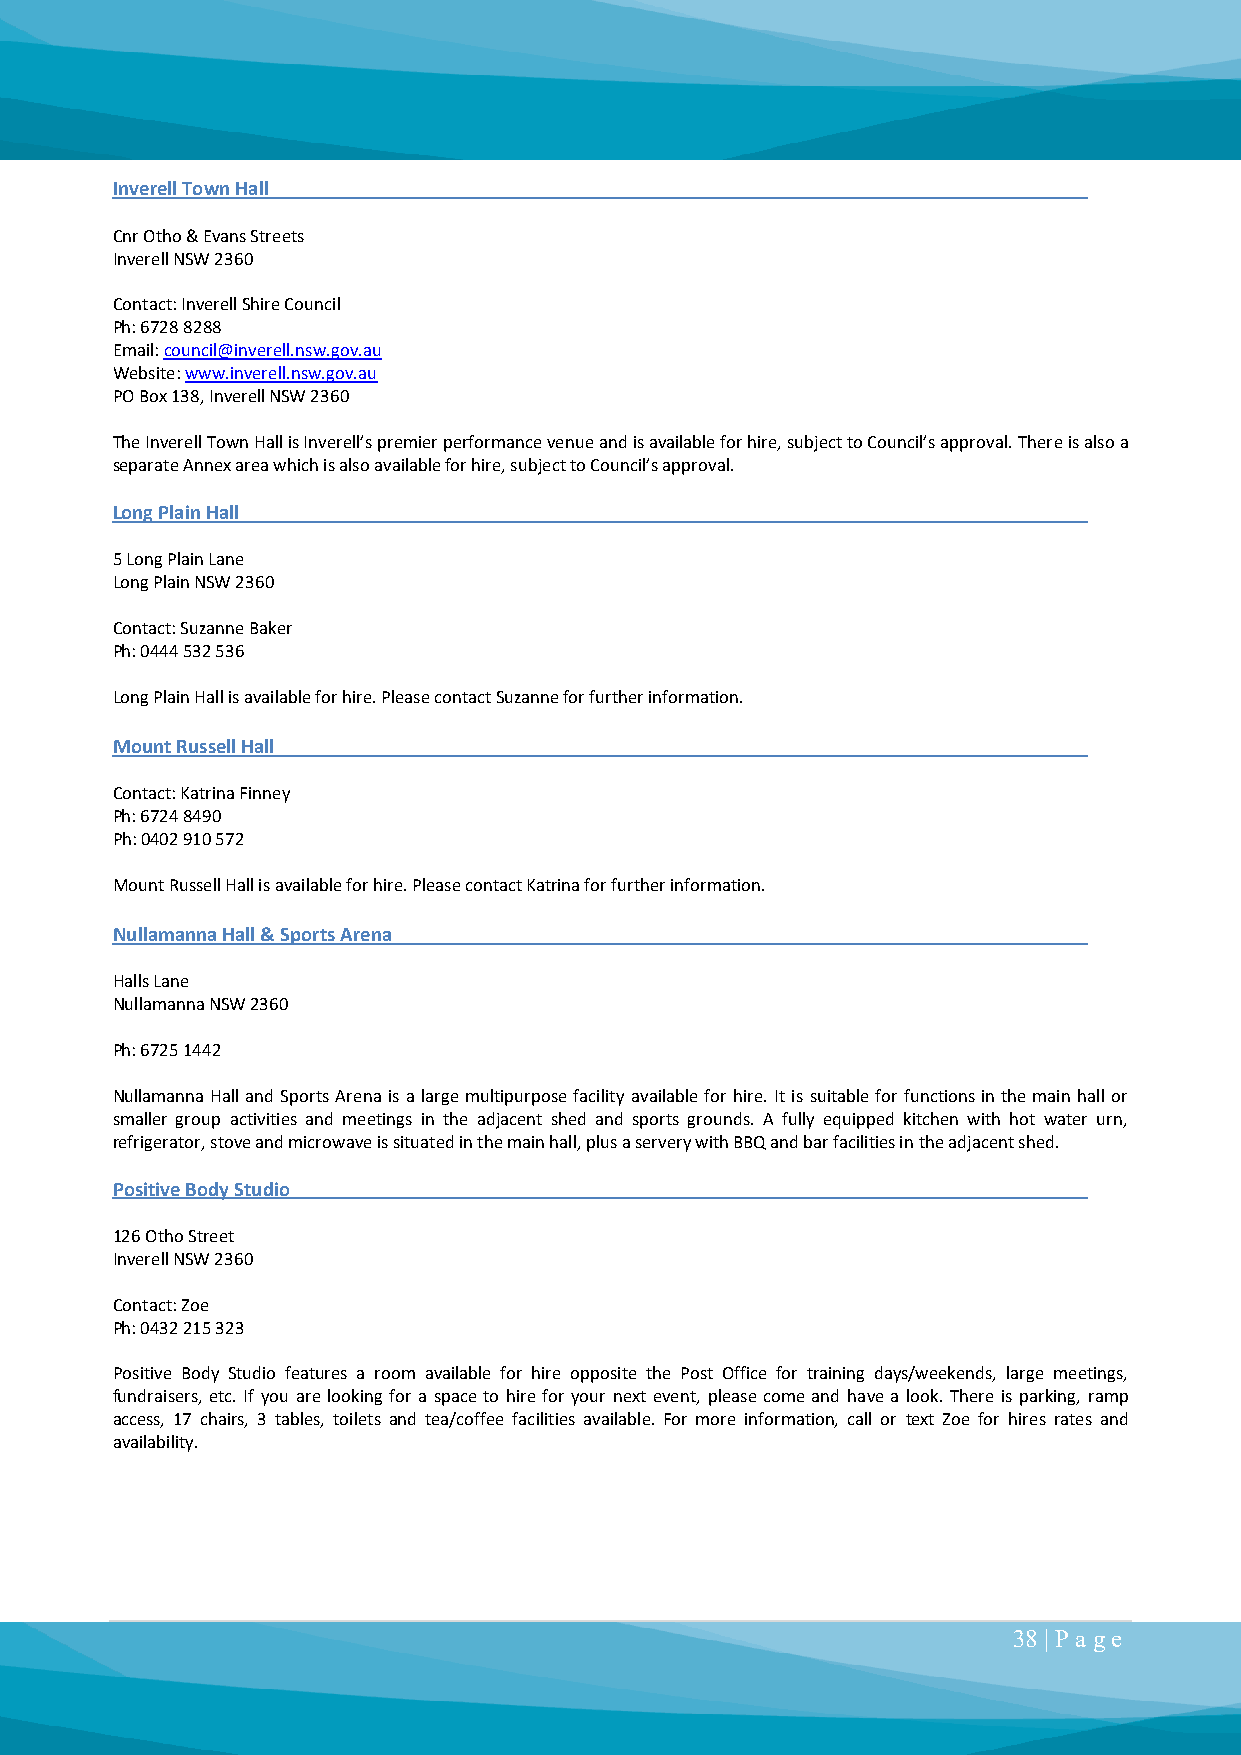
Inverell Town Hall
 Cnr Otho & Evans Streets
 Inverell NSW 2360
 Contact: Inverell Shire Council
 Ph: 6728 8288
 Email: council@inverell.nsw.gov.au
 Website: www.inverell.nsw.gov.au
 PO Box 138, Inverell NSW 2360
 The Inverell Town Hall is Inverell’s premier performance venue and is available for hire, subject to Council’s approval. There is also a
 separate Annex area which is also available for hire, subject to Council’s approval.
 Long Plain Hall
 5 Long Plain Lane
 Long Plain NSW 2360
 Contact: Suzanne Baker
 Ph: 0444 532 536
 Long Plain Hall is available for hire. Please contact Suzanne for further information.
 Mount Russell Hall
 Contact: Katrina Finney
 Ph: 6724 8490
 Ph: 0402 910 572
 Mount Russell Hall is available for hire. Please contact Katrina for further information.
 Nullamanna Hall & Sports Arena
 Halls Lane
 Nullamanna NSW 2360
 Ph: 6725 1442
 Nullamanna Hall and Sports Arena is a large multipurpose facility available for hire. It is suitable for functions in the main hall or
 smaller group activities and meetings in the adjacent shed and sports grounds. A fully equipped kitchen with hot water urn,
 refrigerator, stove and microwave is situated in the main hall, plus a servery with BBQ and bar facilities in the adjacent shed.
 Positive Body Studio
 126 Otho Street
 Inverell NSW 2360
 Contact: Zoe
 Ph: 0432 215 323
 Positive Body Studio features a room available for hire opposite the Post Office for training days/weekends, large meetings,
 fundraisers, etc. If you are looking for a space to hire for your next event, please come and have a look. There is parking, ramp
 access, 17 chairs, 3 tables, toilets and tea/coffee facilities available. For more information, call or text Zoe for hires rates and
 availability.
 38 | P a ge